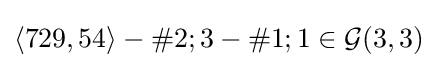
\langle 729,54\rangle -\#2;3-\#1;1\in {\mathcal {G}}(3,3)